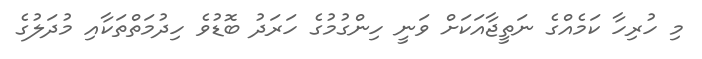
މި ހުރިހާ ކަމެއްގެ ނަތީޖާއަކަށް ވަނީ ހިންގުމުގެ ހަރަދު ބޮޑުވެ ހިދުމަތްތަކާއި މުދަލުގެ